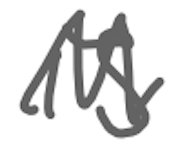
Text: is
Cross-out: zig-zag
Writing tool: digital_gray